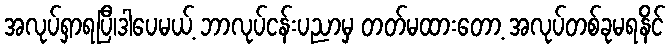
အလုပ်ရှာရပြီ၊ဒါပေမယ့် ဘာလုပ်ငန်းပညာမှ တတ်မထားတော့ အလုပ်တစ်ခုမရနိင်